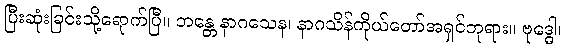
ပြီးဆုံးခြင်းသို့ရောက်ပြီ။ ဘန္တေ နာဂသေန၊ နာဂသိန်ကိုယ်တော်အရှင်ဘုရား။ ဗုဒ္ဓေါ၊